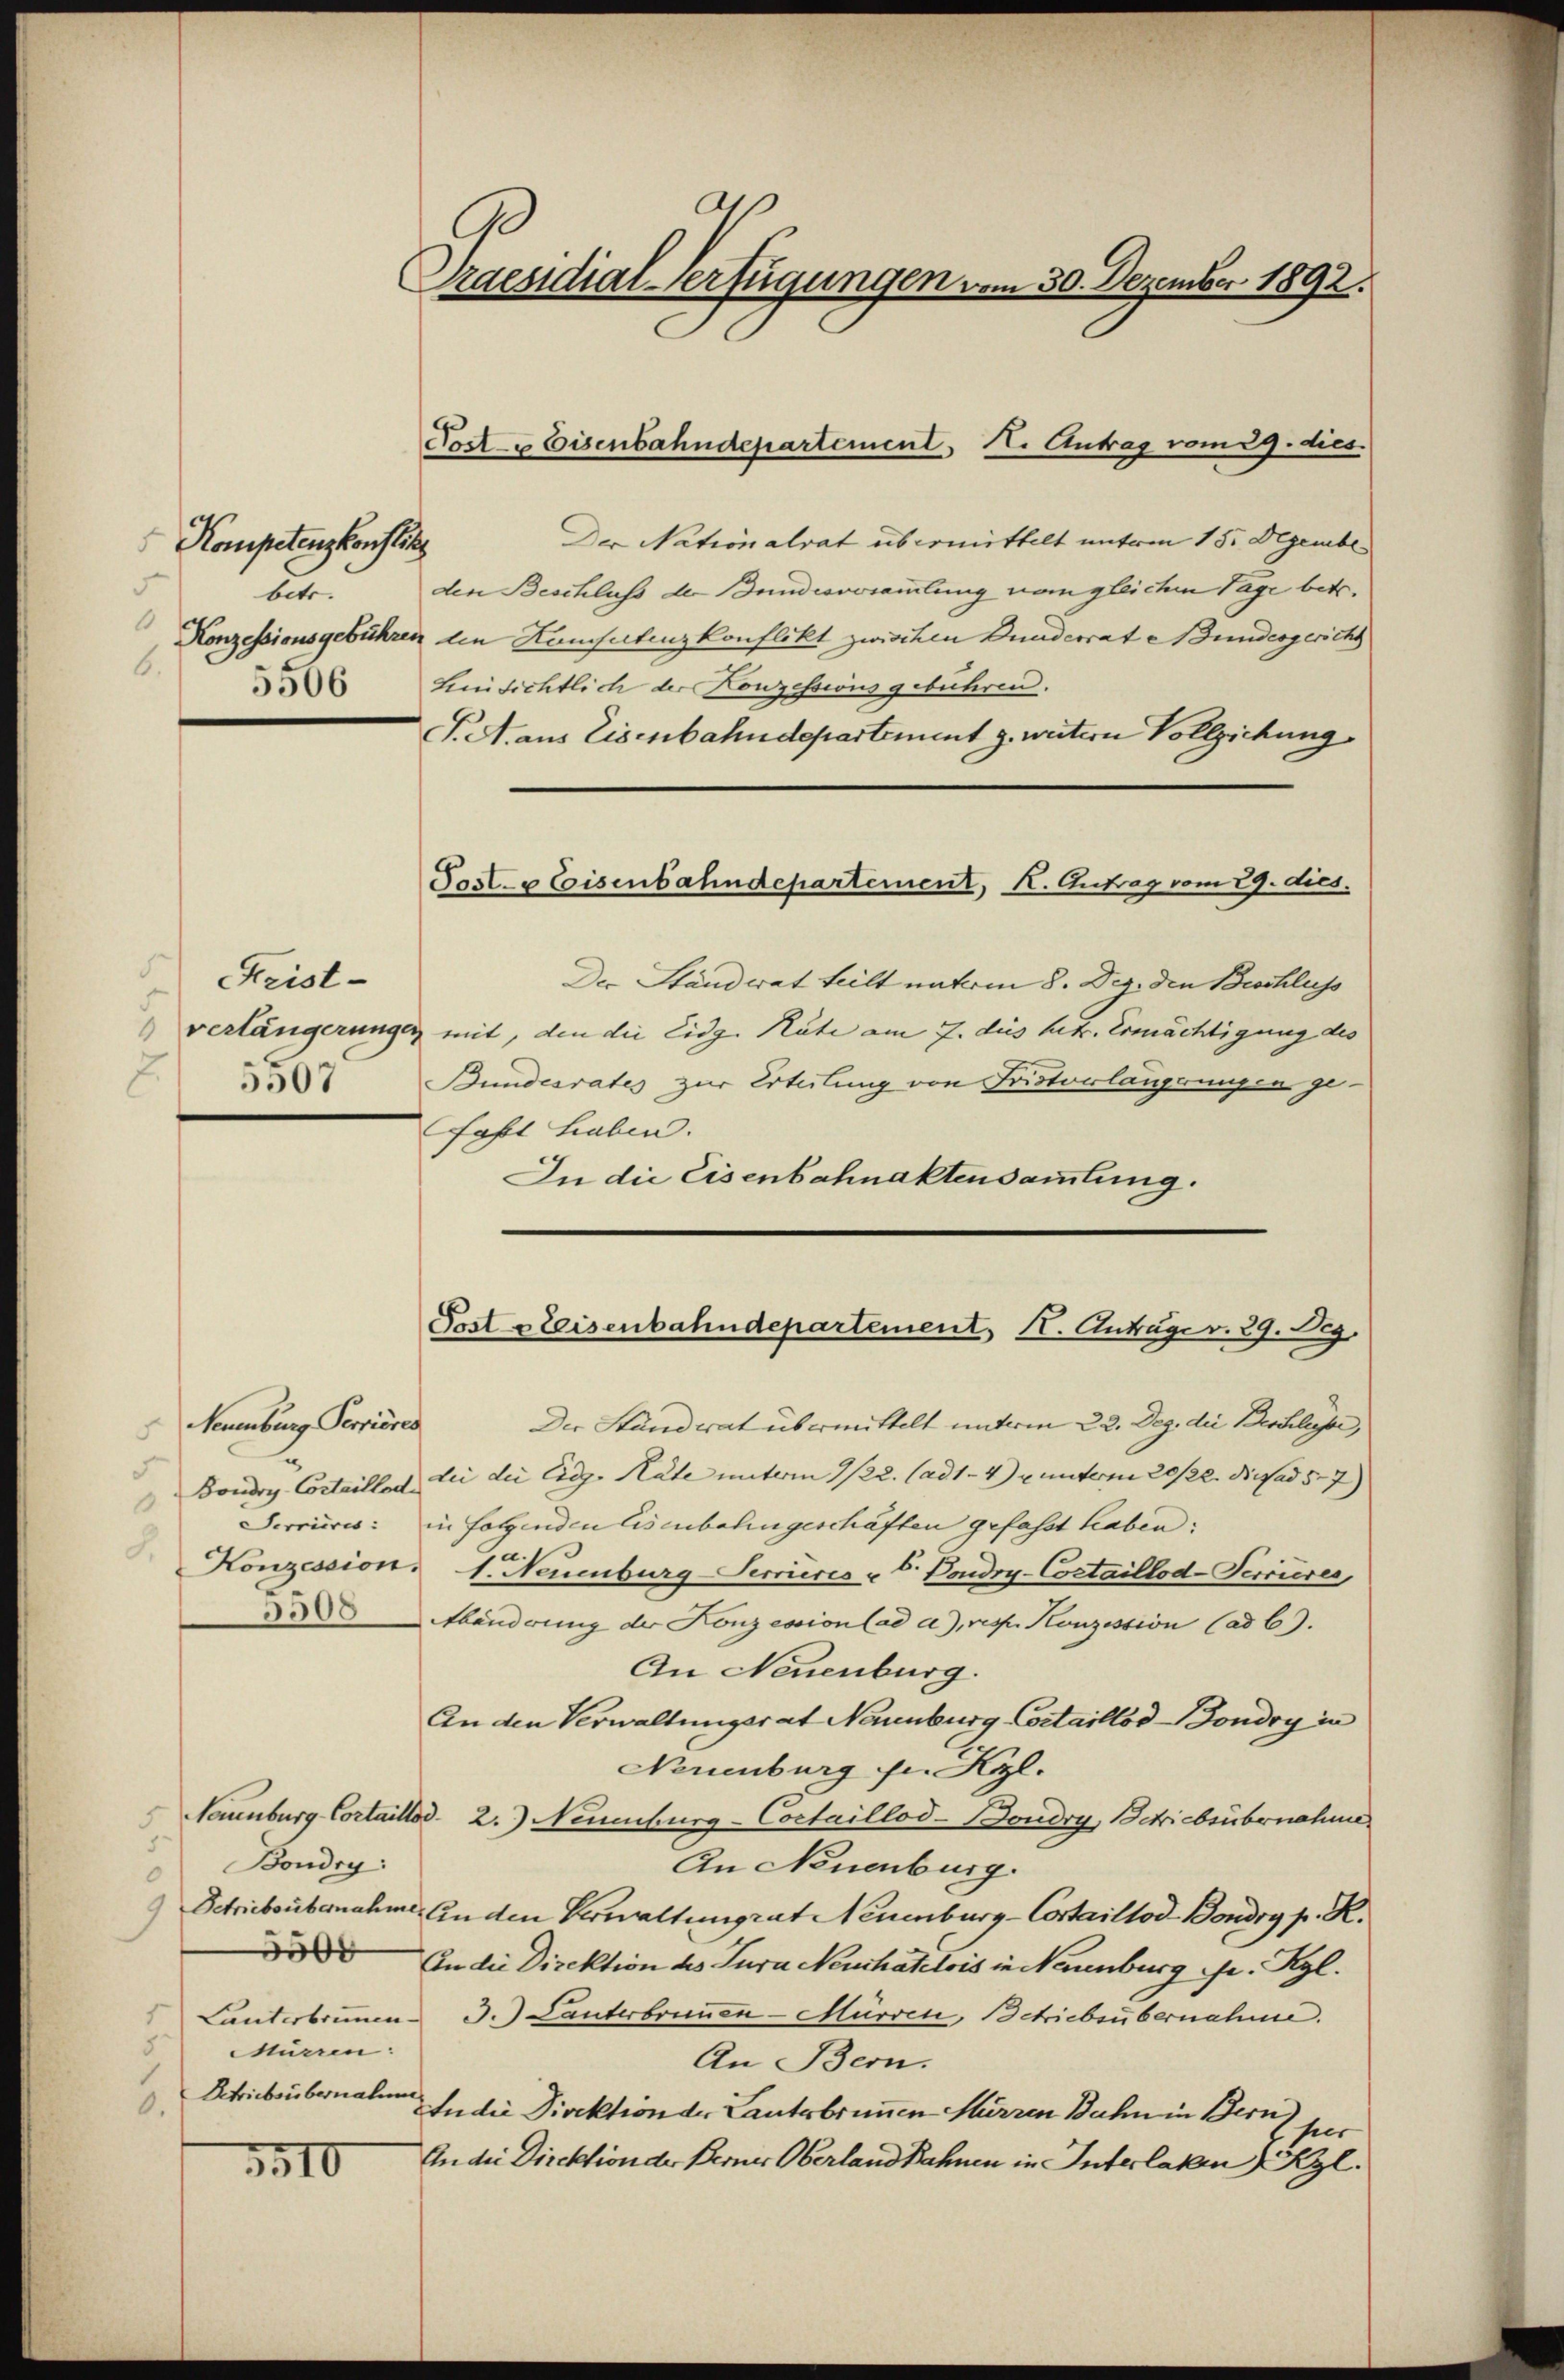
Kompetenzkonflik
betr.
1
6.
5506

Neuenburg Perrieres
5
Boudry-Cortaillode
.
8.

3.

Praesidial-Verfügungen vom 30. Dezember 1892.

d
Frist-
5307

Post & Eisenbahndepartement, I. Antrag vom 29. dies

Der Nationalrat übermittelt unterm 15. Dezembe
den Beschluß der Bundersammlung vom gleichen Tage betr.
Konzessionsgebühren den Konseitenzkonflikt zwischen Dunderrat undesgerichs
hinsichtlich der Konzessions gebühren.
J. A. aus Eisenbahndepartement z. weitern Vollziehung
Post- & Eisenbahndepartement, K. Antrag vom 29. dies.
Der Ständerat teilt unterm 8. Dez. den Beschluss
verlängerungen mit, den die Eidg. Rate am 7. dies het. Ermächtigung des
Bundesrates zur Erteilung von Fristoulangerungen ge¬
Fahl haben.
In die Eisenbahnaktensammlung.

Post steisenbahndepartement, 1. Anträger. 29. g.

Der Standerat übermittelt unterm 22. Dez. die Beschlusser,
dee die Eidg. Räte unterm 3/22. (ad 1. 4) u. unterm 20/22. Die ad 57)
Serrieres: in folgenden Eisenbahngeschäften gefasst haben;
Konzession: 1. Neuenburg-Serrures u. Doudry-Cortaillod-Terrierer
bänderung der Konzession ad a.), resp. Konzession (ad 6).
An Neuenburg.
An den Verwaltungsrat Neuenburg Costaillodoudry in
Neuenburg in Kyl.
Neuenburg Cortaillod 2.) Neuenburg-Coctaillod-Boudry, Schriebsübernahme
 Boudry:
An Neuenburg.
) Schriebsübernahme. An den Verwaltungrat Neuenburg-Costaillod Bondry p. K.
 An die Direktion des Jura Neuchatelois in Neuenburg sr. Kgl.
Lanterbrunn J. Lanterbrunnen-Mürren, Betriebsübernahme.
Mürren:
An Bern.
Betriebsübernahmen
Jndie Direktion der Lantsbrunnen Mürren Bahn in Bern per
An die Direktion der Berner Oberland Bahnen in Interlaken Kyl.
3510